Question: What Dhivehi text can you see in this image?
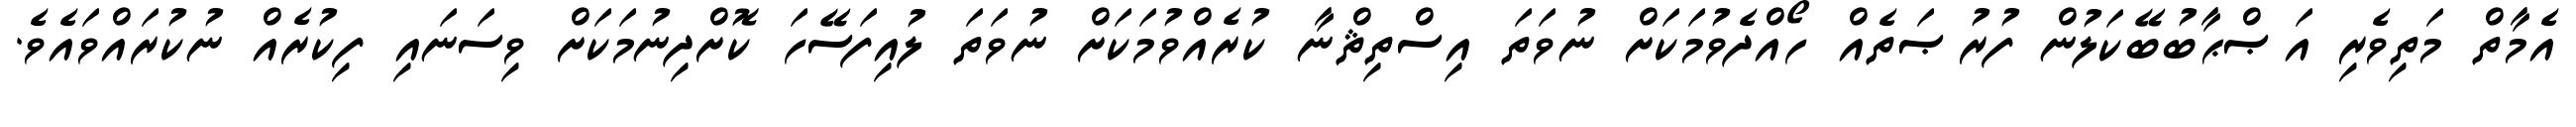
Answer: އެމާތް މަތިވެރި އަޞްޙާބުބޭކަލުން ފުރުޞަތެއް ހޯއްދެވުމަކަށް ނުވަތަ އިސްތިޘްނާ ކުރެއްވުމަކަށް ނުވަތަ ލުއިފަސޭހަ ކޮށްދިނުމަކަށް ވިސަނައި ފިކުރެއް ނުކުރައްވައެވެ.